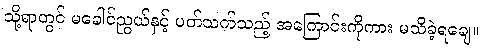
သို့ရာတွင် မခေါင်ညွယ်နှင့် ပတ်သက်သည့် အကြောင်းကိုကား မသိခဲ့ရချေ။